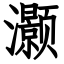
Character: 灏